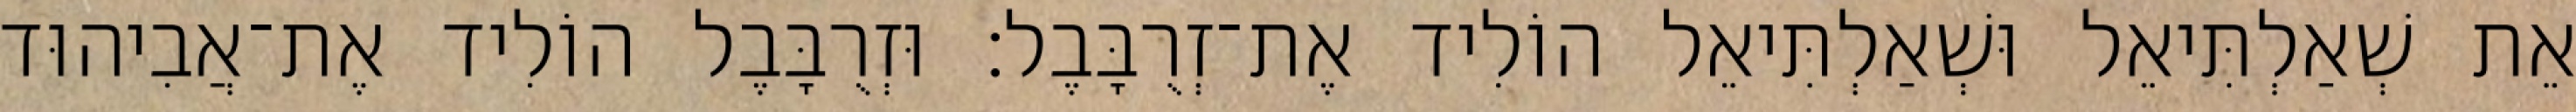
אֵת שְׁאַלְתִּיאֵל וּשְׁאַלְתִּיאֵל הוֹלִיד אֶת־זְרֻבָּבֶל׃ וּזְרֻבָּבֶל הוֹלִיד אֶת־אֲבִיהוּד